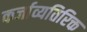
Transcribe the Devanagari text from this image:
कर्जाव्यतिरिक्त